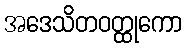
အဒေသိတဝတ္ထုကော